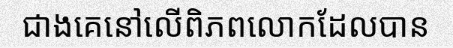
ជាងគេនៅលើពិភពលោកដែលបាន